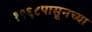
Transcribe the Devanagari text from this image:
१९६८पासूनच्या